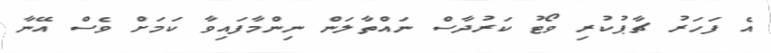
އެ ފަހަރު ޗާޕުކުރި ވޯޓު ކަރުދާސް ނައްތާލަން ނިންމާފައިވާ ކަމަށް ވެސް އޭނާ